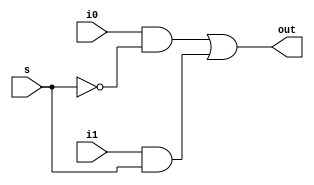
/*
Computer Architecture Lab 2 - 08-01-2018
	Assignment : Floating Point Adder
	Module : 2b Multiplexer
		-- Eshita Arza	(COE15B013)
		-- Akshay Kumar	(CED15I031)
*/

module mux(i1, i0, s, out);

	input i0, i1, s;
	output out;
	wire out;

	assign out = (i0 & (~s)) | (i1 & s);

endmodule // mux